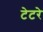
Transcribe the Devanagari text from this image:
टेटरे